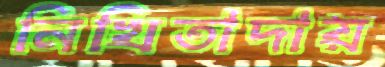
নিখিতাদায়